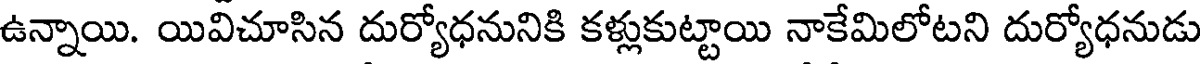
ఉన్నాయి. యివిచూసిన దుర్యోధనునికి కళ్లుకుట్టాయి నాకేమిలోటని దుర్యోధనుడు